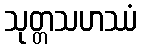
သုတ္တသဟဿံ